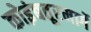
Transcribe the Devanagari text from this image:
कोइंबतूरमार्गे